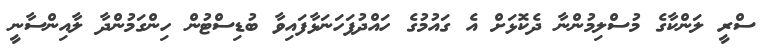
ސްރީ ލަންކާގެ މުސްލިމުންނާ ދެކޮޅަށް އެ ގައުމުގެ ހައްދުފަހަނަޅާފައިވާ ބުޑިސްޓުން ހިންގަމުންދާ ލާއިންސާނީ